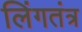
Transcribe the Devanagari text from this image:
लिंगतंत्र